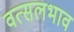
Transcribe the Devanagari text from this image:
वत्सलभाव